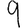
Digit: 9